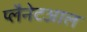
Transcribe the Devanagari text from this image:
प्लैनेटआल